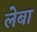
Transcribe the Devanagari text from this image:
लेबा